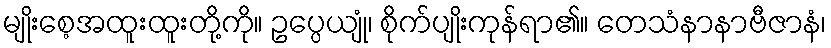
မျိုးစေ့အထူးထူးတို့ကို။ ဥပ္ပေယျုံ၊ စိုက်ပျိုးကုန်ရာ၏။ တေသံနာနာဗီဇာနံ၊